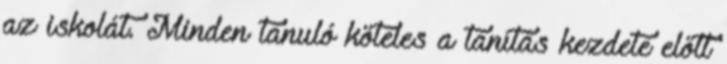
az iskolát. Minden tanuló köteles a tanítás kezdete előtt